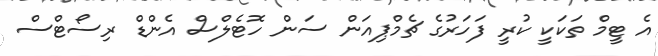
އެ ޓީމް ތަކަކީ ކުރީ ފަހަރުގެ ޗެމްޕިއަން ސަން ހޮޓެލްސް އެންޑް ރިސޯޓްސް